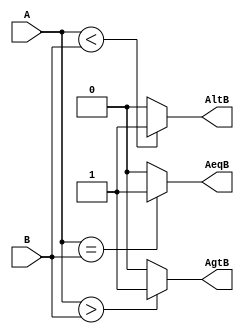
`timescale 1ns / 1ps
//////////////////////////////////////////////////////////////////////////////////
// Company: 
// Engineer: 
// 
// Design Name: 
// Module Name: mag_comp16
// Project Name: 
// Target Devices: 
// Tool Versions: 
// Description: 
// 
// Dependencies: 
// 
// Revision:
// Revision 0.01 - File Created
// Additional Comments:
// 
//////////////////////////////////////////////////////////////////////////////////


module mag_comp16(input [15:0] A,
                  input [15:0] B,
                  output reg AeqB, AgtB, AltB);// AgtB=(A>B) and AltB=(A<B) and AeqB=(A==B)

    always @(A,B) begin
      AeqB <= (A == B)?1'b1:1'b0;
      AgtB <= (A > B)?1'b1:1'b0;
      AltB <= (A < B)?1'b1:1'b0;
    end
endmodule